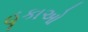
હૂકાઓ